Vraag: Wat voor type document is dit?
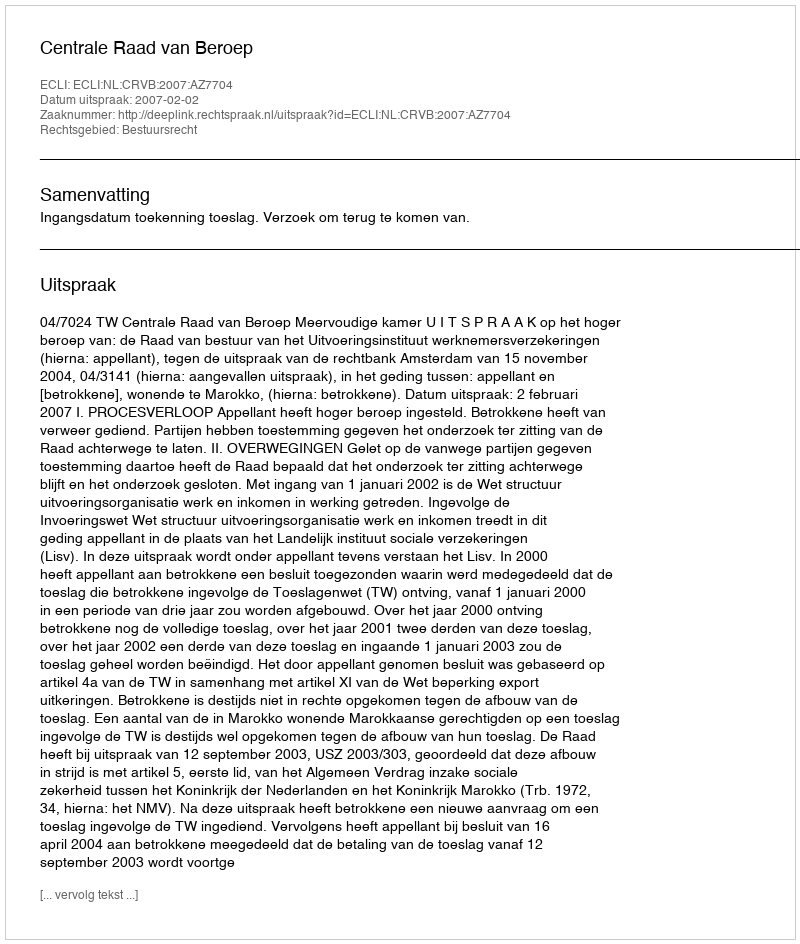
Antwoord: Uitspraak